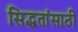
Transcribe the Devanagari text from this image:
सिद्धतांसाठी